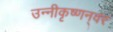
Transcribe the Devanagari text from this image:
उन्नीकृष्णन्‌वर